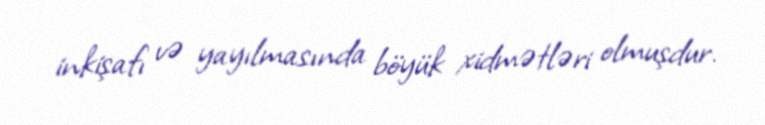
inkişafı və yayılmasında böyük xidmətləri olmuşdur.